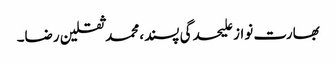
بھارت نواز علیحدگی پسند، محمد ثقلین رضا۔